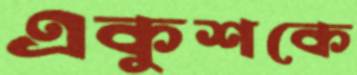
একুশকে